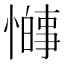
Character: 𫻋